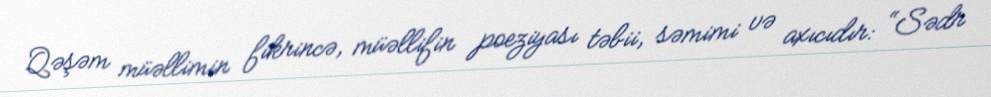
Qəşəm müəllimin fikrincə, müəllifin poeziyası təbii, səmimi və axıcıdır: “Sədr